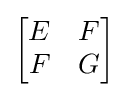
{\textstyle {\begin{bmatrix}E&F\\F&G\end{bmatrix}}}